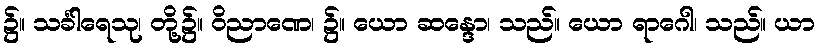
၌။ သင်္ခါရေသု၊ တို့၌။ ဝိညာဏေ၊ ၌။ ယော ဆန္ဒော၊ သည်။ ယော ရာဂေါ၊ သည်။ ယာ